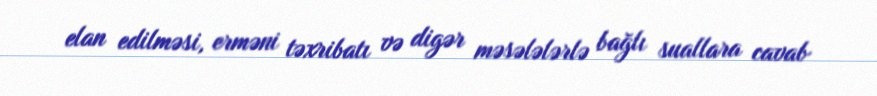
elan edilməsi, erməni təxribatı və digər məsələlərlə bağlı suallara cavab